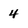
Character: 4